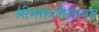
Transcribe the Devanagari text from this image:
श्रीभक्तलीलामृत